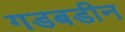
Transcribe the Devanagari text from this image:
गडबडीन